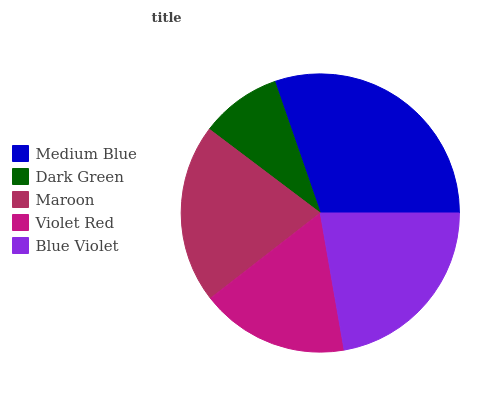
| Medium Blue | Dark Green | Maroon | Violet Red | Blue Violet |
 | --- | --- | --- | --- | --- |
 | 30.2% | 9.41% | 20.9% | 17.2% | 22.3% |